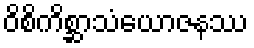
ဝိစိကိစ္ဆာသံယောဇနဿ